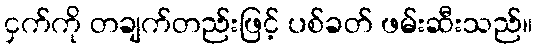
ငှက်ကို တချက်တည်းဖြင့် ပစ်ခတ် ဖမ်းဆီးသည်။